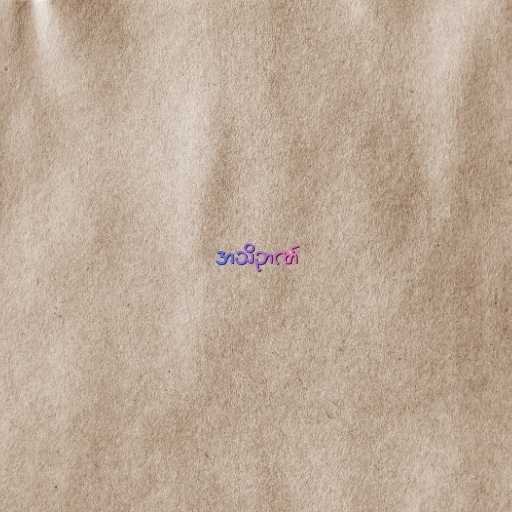
အသိဉာဏ်